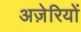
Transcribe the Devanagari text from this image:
अज़ेरियों